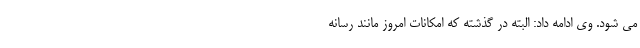
می شود. وی ادامه داد: البته در گذشته که امکانات امروز مانند رسانه